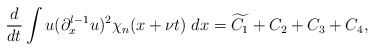
\begin{align*}\frac{d}{dt} \int u(\partial_x^{l-1}u)^2\chi_n(x+\nu t) \; dx =\widetilde{C_1}+C_{2}+C_{3}+C_{4},\end{align*}